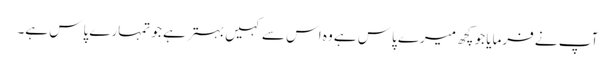
آپ نے فرمایا جو کچھ میرے پاس ہے وہ اس سے کہیں بہتر ہے جو تمہارے پاس ہے۔